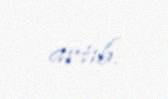
artıb.